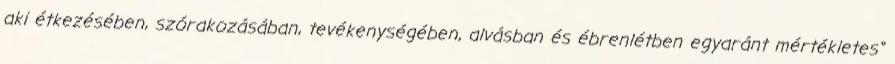
aki étkezésében, szórakozásában, tevékenységében, alvásban és ébrenlétben egyaránt mértékletes"